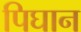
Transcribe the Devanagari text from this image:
पिघान